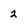
Character: 2